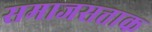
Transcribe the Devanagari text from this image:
समाजसत्ताक